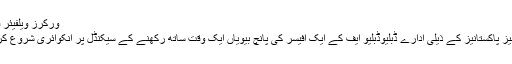
ورکرز ویلفیئر فنڈ میں ہنگامہ
وزارت اوورسیز پاکستانیز کے ذیلی ادارے ڈبلیوڈبلیو ایف کے ایک افیسر کی پانچ بیویاں ایک وقت ساتھ رکھنے کے سیکنڈل پر انکوائری شروع کر دی گئی ہے۔